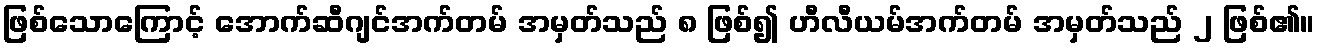
ဖြစ်သောကြောင့် အောက်ဆီဂျင်အက်တမ် အမှတ်သည် ၈ ဖြစ်၍ ဟီလီယမ်အက်တမ် အမှတ်သည် ၂ ဖြစ်၏။